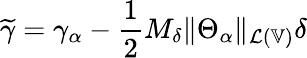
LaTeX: \widetilde{\gamma}=\gamma_{\alpha}-\frac{1}{2}M_{\delta}\| \Theta_{\alpha}\| _{\mathcal{L}(\mathbb{V})}\delta